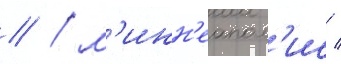
// / м'инн'еапол'ис /